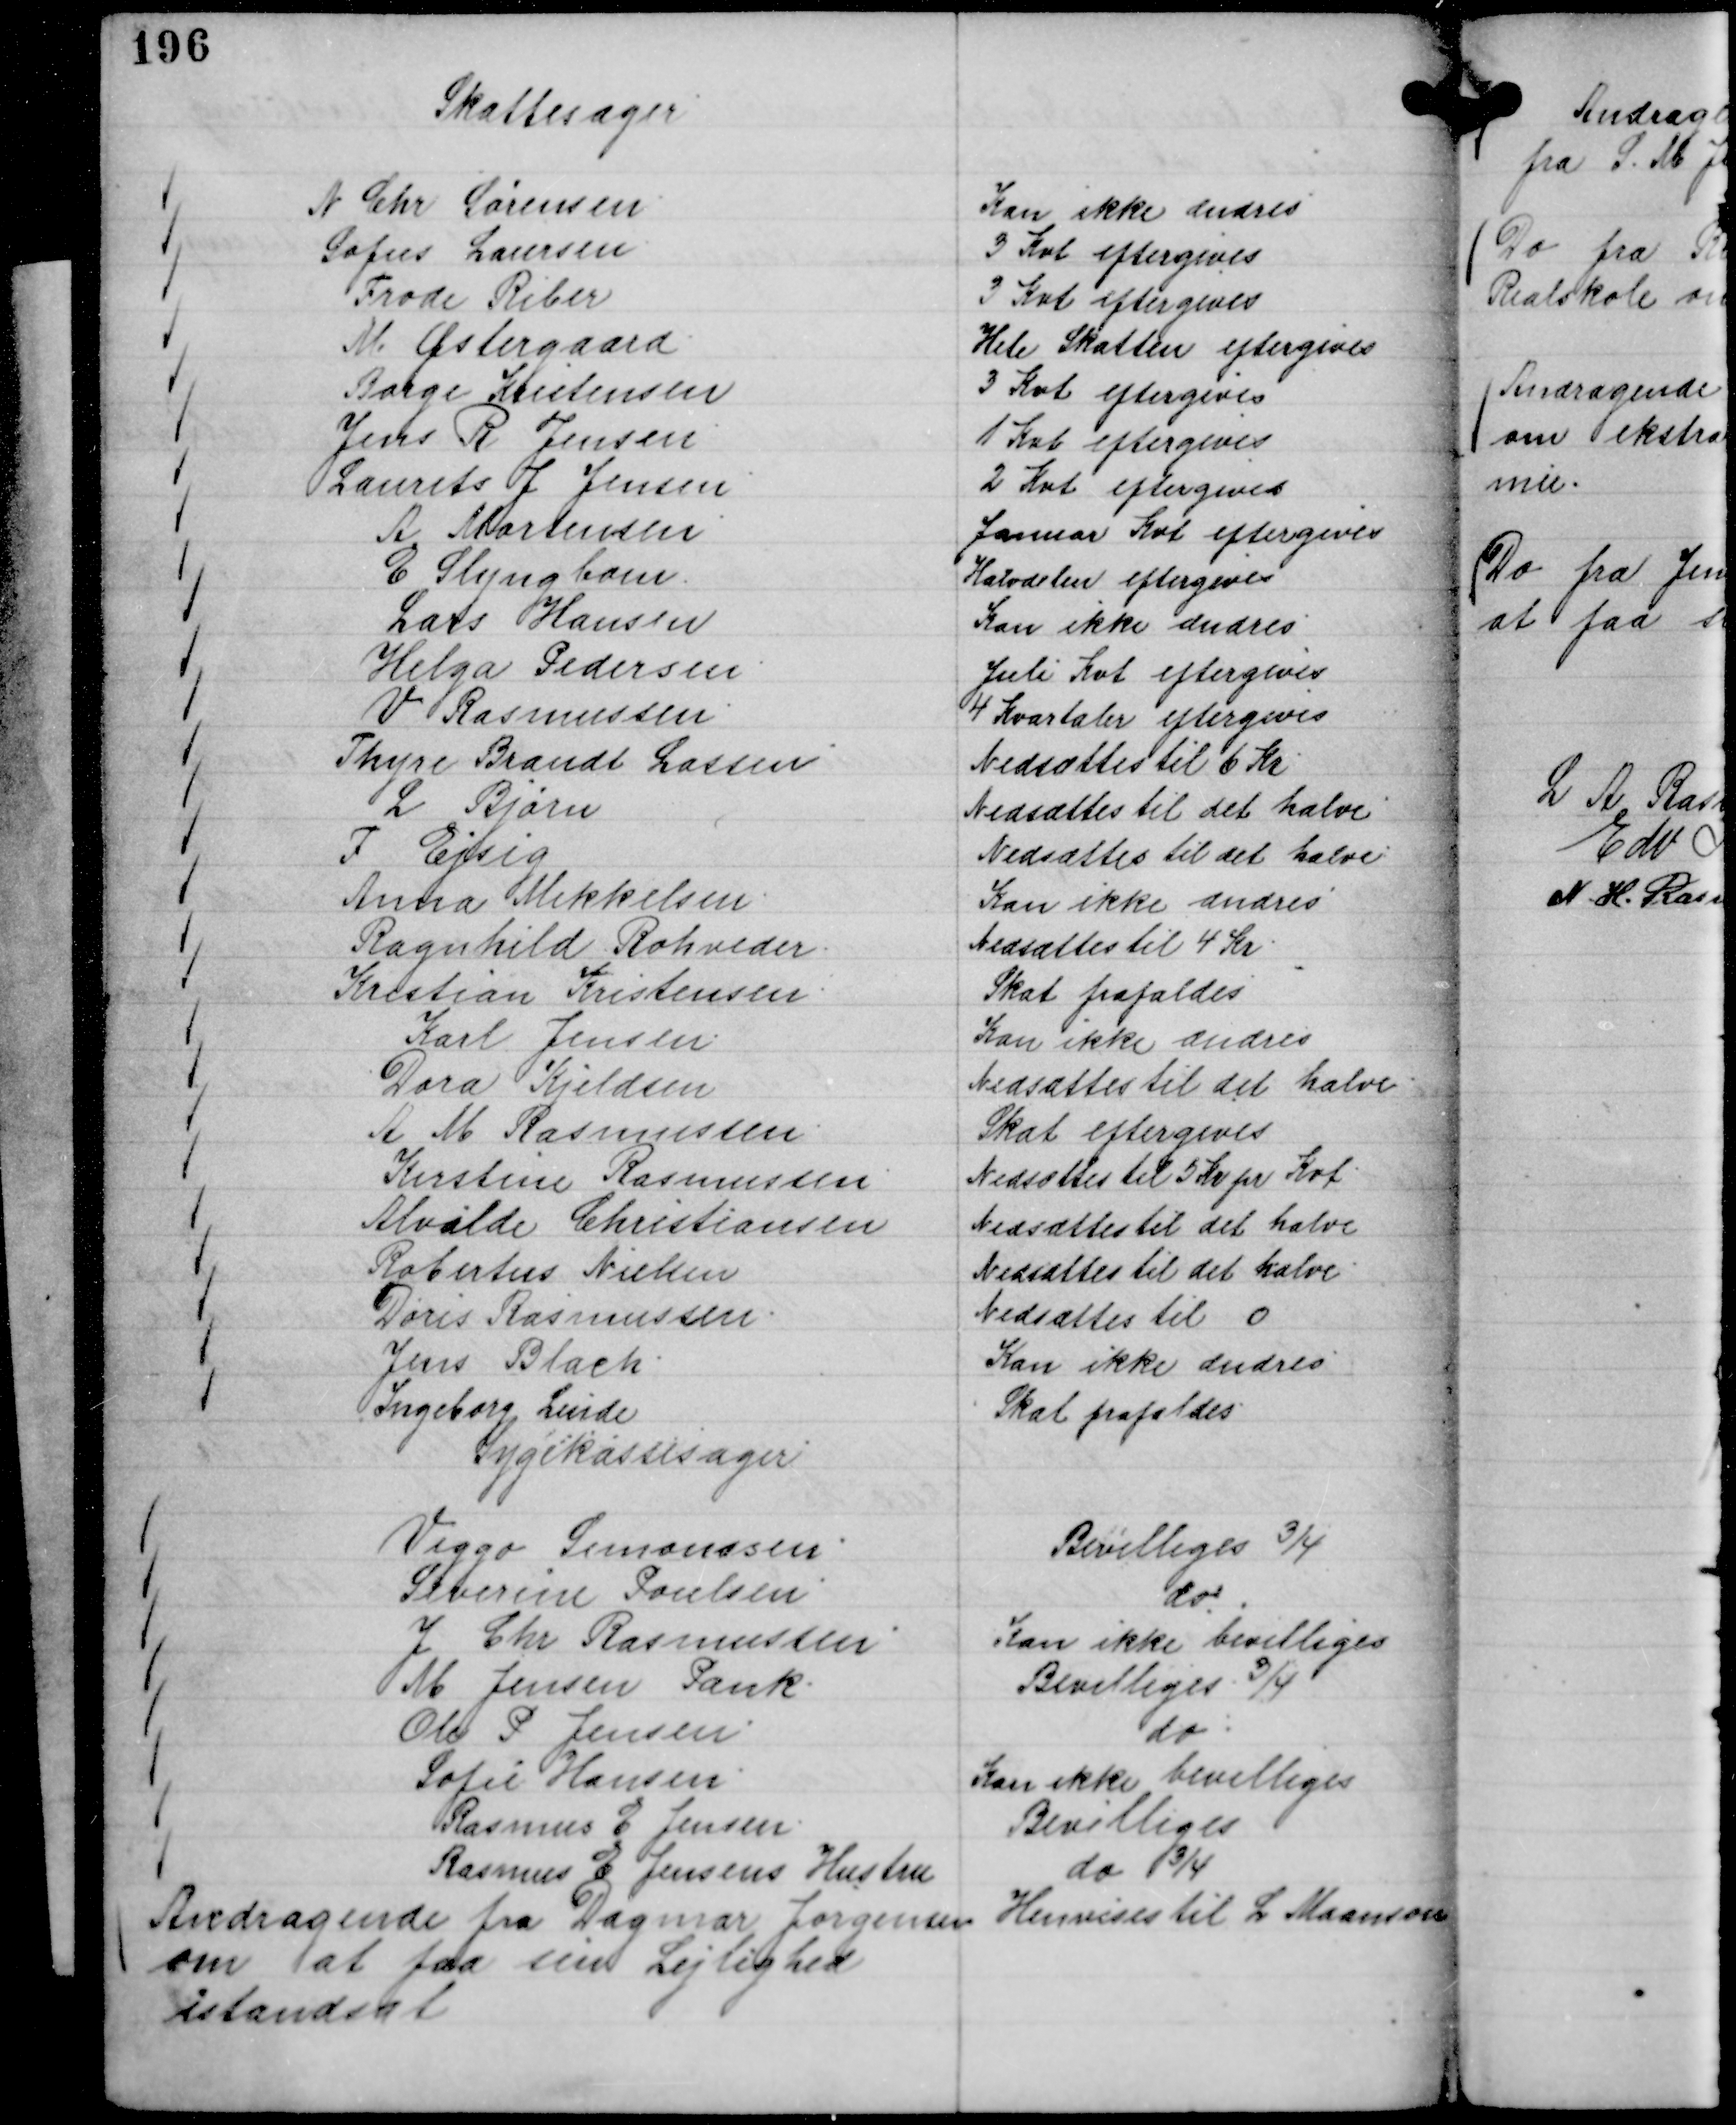
Transskription:
Skattesager
N Chr Sørensen.
Kan ikke ændres
Sofus Laursen.
3 Kvt eftergives
Frode Riber
3 Kvt eftergives
M Østergaard.
Hele Skatten eftergives
Børge Kristensen
3 Kvt eftergives
Jens R Jensen
1 Kvt eftergives
Laurits J Jensen
2 Kvt eftergives
A Mortensen
Januar Kvt eftergives
E Slyngbom
Halvdelen eftergives
Lars Hansen
Kan ikke ændres.
Helga Pedersen.
Juli Kvt eftergives
V Rasmussen.
4 Kvartaler eftergives
Thyre Brandt Lassen
Nedsættes til 6 Kr.
L Bjørn
Nedsættes til det halve
F Ejsig
Nedsættes til det halve.
Anna Mikkelsen.
Kan ikke ændres
Ragnhild Rohveder.
Nedsættes til 4 Kr.
Kristian Kristensen.
Skat frafaldes
Karl Jensen.
Kan ikke ændres
Dora Kjeldsen
Nedsættes til det halve.
A M Rasmussen.
Skat eftergives
Kirstine Rasmussen
Nedsættes til 5 Kr pr Kvt.
Alvilde Christiansen
Nedsættes til det halve
Robertus Nielsen
Nedsættes til det halve.
Doris Rasmussen.
Nedsættes til 0
Jens Blach.
Kan ikke ændres.
Ingeborg Linde
Skat frafaldes.

Sygekassesager
Viggo Simonssen.
Bevilliges ¾
Severine Poulsen
do
J Chr Rasmussen
Kan ikke bevilliges
M Jensen Pank.
Bevilliges ¾
Ole P Jensen
do.
Sofie Hansen.
Kan ikke bevilliges
Rasmus E Jensen.
Bevilliges
Rasmus E Jensens Hustru
do ¾

Andragende fra Dagmar Jørgensen
om at faa sin Lejlighed
istandsat

Hevises til L Maanson